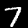
Label: 7